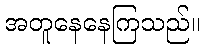
အတူနေနေကြသည်။